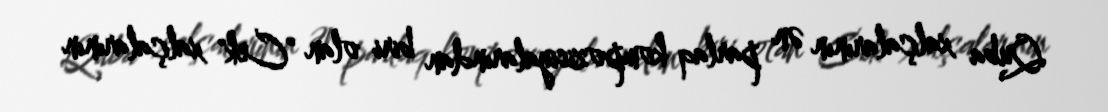
Quba xalçalarının ən parlaq kompozisiyalarından biri olan "Cek" xalçalarının